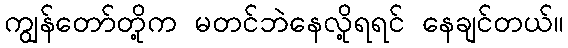
ကျွန်တော်တို့က မတင်ဘဲနေလို့ရရင် နေချင်တယ်။